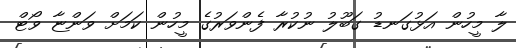
ލާ މީހުން އަޅުގަނޑު ގަބޫލު ނުކުރާ ފެންވަރުގެ މީހުން ކަމަށް ވަންޏާ ވޯޓް